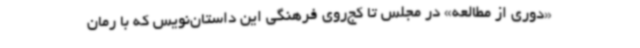
«دوری از مطالعه» در مجلس تا کج‌روی فرهنگی این داستان‌نویس که با رمان